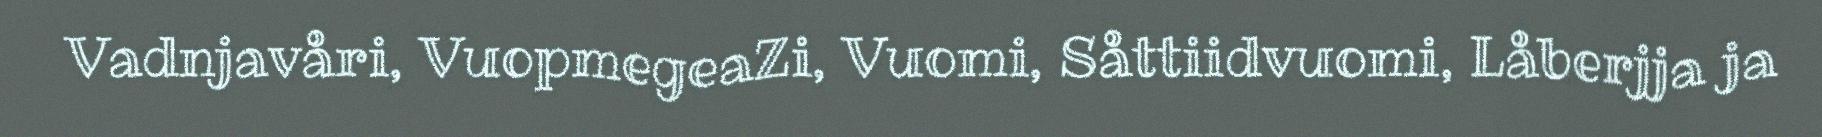
Vadnjavåri, VuopmegeaZi, Vuomi, Såttiidvuomi, Låberjja ja